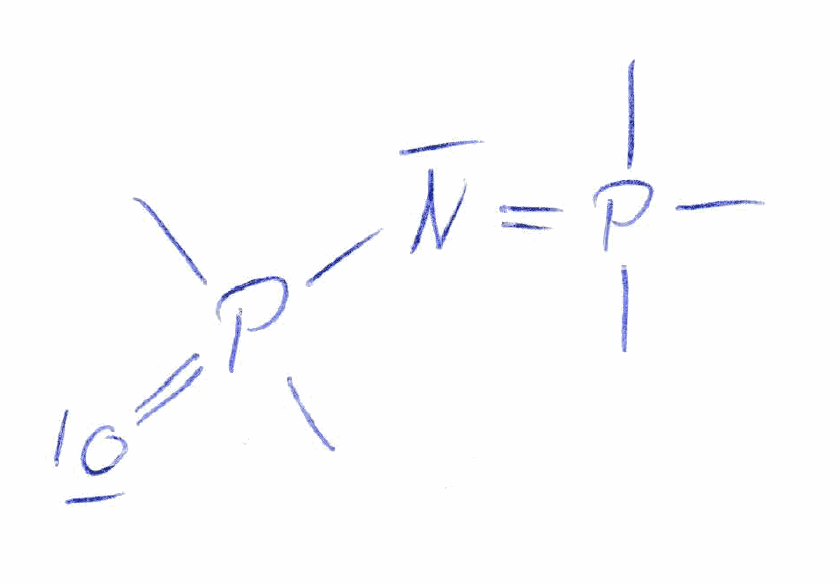
Simplified molecular-input line-entry system (SMILES) notation of the given molecule:
CP(=NP(=O)(C)C)(C)C